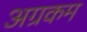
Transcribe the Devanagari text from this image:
अग्रकम